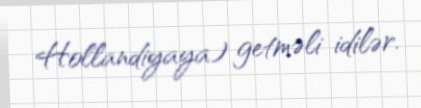
Hollandiyaya) getməli idilər.